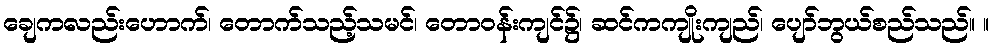
ချေကလည်းဟောက်၊ တောက်သည့်သမင်၊ တောဝန်းကျင်၌၊ ဆင်ကကျိုးကျည်၊ ပျော်ဘွယ်စည်သည်။ ။